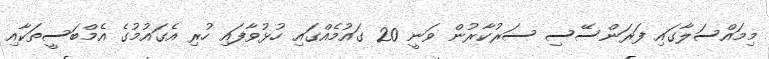
މިމައްސަލާގައި ފަރަންސޭސި ސަރުކާރުން ވަނީ 20 ގައުމެއްގައި ހުޅުވާފައި ހުރި އެގައުމުގެ އެމްބަސީތަކާއި